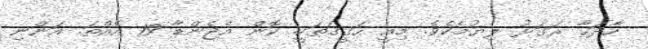
ހާދަހާ ރަގަޅު ލިޔުމެކެވެ. މިއީ ހަގީގަތަކީ. ކޮން އެޖެންޑާ 19 އެއްތަ. އަންނި